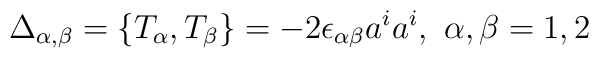
\Delta_{\alpha, \beta} = \{T_\alpha,T_\beta\} = -2 \epsilon_{\alpha \beta}a^ia^i, \,\, \alpha,\beta = 1,2